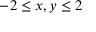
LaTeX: - 2 \leq x , y \leq 2